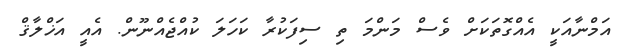
އަމްނާއަކީ އެއްގޮތަކަށް ވެސް މަންމަ ތި ސިފަކުރާ ކަހަލަ ކުއްޖެއްނޫން. އެއީ އަޚްލާޤް